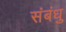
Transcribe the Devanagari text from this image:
संबंधु